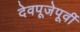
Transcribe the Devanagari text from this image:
देवपूजेपूर्वी